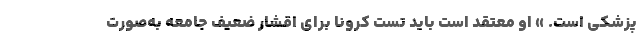
پزشکی است. » او معتقد است باید تست کرونا برای اقشار ضعیف جامعه به‌صورت